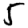
Digit: 5